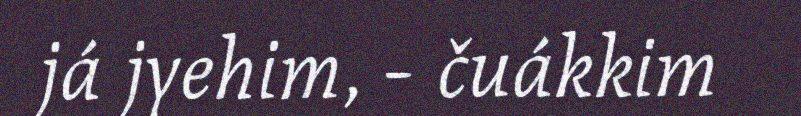
já jyehim, - čuákkim